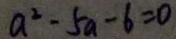
a ^ { 2 } - 5 a - 6 = 0